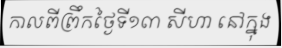
កាលពីព្រឹកថ្ងៃទី១៣ សីហា នៅក្នុង